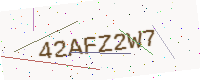
Text: 42AFZ2W7